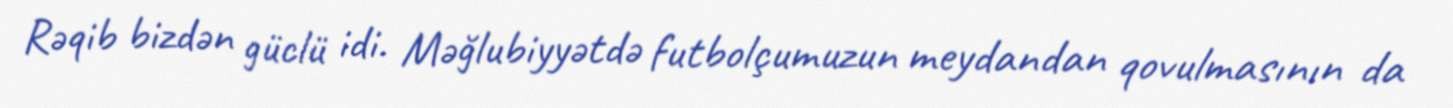
Rəqib bizdən güclü idi. Məğlubiyyətdə futbolçumuzun meydandan qovulmasının da